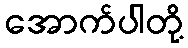
အောက်ပါတို့